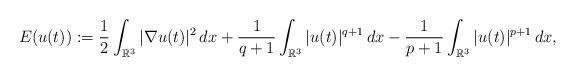
LaTeX: \begin{align*}E(u(t)):=\frac{1}{2}\int_{\mathbb R^3}|\nabla u(t)|^2\,dx+\frac{1}{q+1}\int_{\mathbb R^3}|u(t)|^{q+1}\,dx-\frac{1}{p+1}\int_{\mathbb R^3}|u(t)|^{p+1}\,dx,\end{align*}